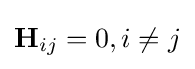
\mathbf {H} _{ij}=0,i\neq j